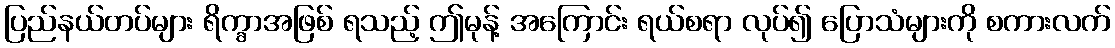
ပြည်နယ်တပ်များ ရိက္ခာအဖြစ် ရသည့် ဤမုန့် အကြောင်း ရယ်စရာ လုပ်၍ ပြောသံများကို စကားလက်